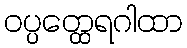
ဝပ္ပတ္ထေရဂါထာ